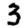
Digit: 3